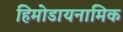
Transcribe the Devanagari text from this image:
हिमोडायनामिक